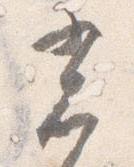
光